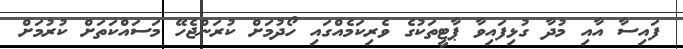
ފައިސާ އާއި މުދާ ގުޅިފައިވާ ޕާޓީތަކުގެ ވެރިކަމެއްގައި ހޯދުމަށް ކުރަންޖެހޭ މަސައްކަތަށް ކުރުމަށް